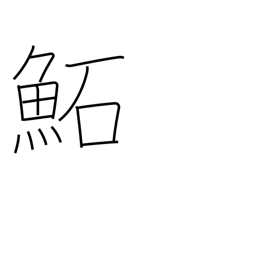
Meaning: (kokuji)